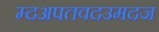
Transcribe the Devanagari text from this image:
म्दअपतवदउमदज